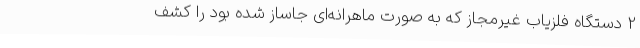
2 دستگاه فلزیاب غیرمجاز که به صورت ماهرانه‌ای جاساز شده بود را کشف